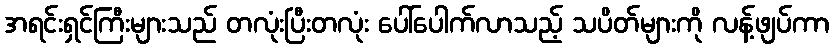
အရင်းရှင်ကြီးများသည် တလုံးပြီးတလုံး ပေါ်ပေါက်လာသည့် သပိတ်များကို လန့်ဖျပ်ကာ